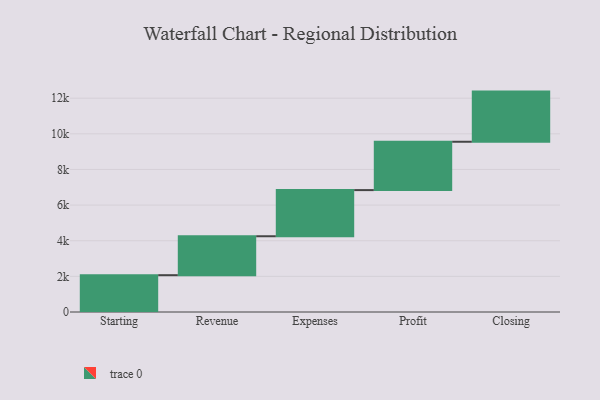
{"axis": {"x": "Step", "y": "Value"}, "legend": [""], "data": [{"x": "Starting", "y": 2066.0, "type": ""}, {"x": "Revenue", "y": 2186.0, "type": ""}, {"x": "Expenses", "y": 2590.0, "type": ""}, {"x": "Profit", "y": 2714.0, "type": ""}, {"x": "Closing", "y": 2815.0, "type": ""}]}